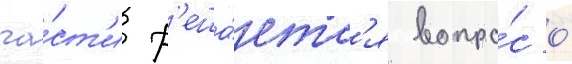
ча́ст'и р'еша́етс'я вопро́с о́